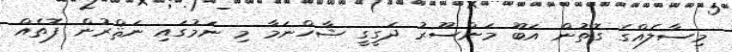
މިސާލެއްގެ ގޮތުން އަބޫ މަންސޫރު ދަގީގީ ޝާހްނަމާ މި ނަމުގައި ނަޘްރުން ފޮތެއް